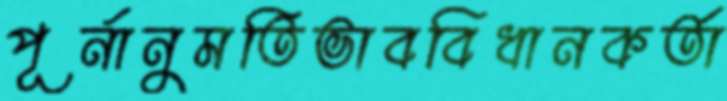
পূর্নানুমতিভাববিধানকর্তা